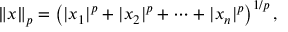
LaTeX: \left\| x \right\| _ { p } = \left( | x _ { 1 } | ^ { p } + | x _ { 2 } | ^ { p } + \dotsb + | x _ { n } | ^ { p } \right) ^ { 1 / p } ,